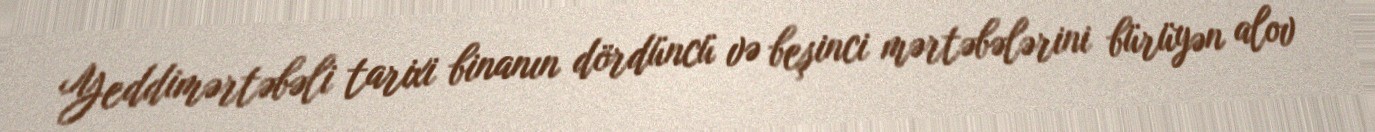
Yeddimərtəbəli tarixi binanın dördüncü və beşinci mərtəbələrini bürüyən alov